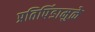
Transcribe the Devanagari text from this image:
प्रतिपिंडामुळे